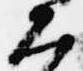
大